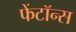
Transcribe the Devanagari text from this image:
फेंटॉन्स